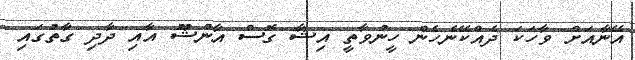
އޭނާއަށް ވާހަކަ ދެއްކޭނެހެން ހީނުވާތީ އިޝާ ގޮސް އާންޝޫ އާއި ދާދި ގާތުގައި